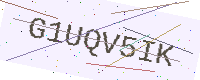
Text: G1UQV5IK